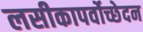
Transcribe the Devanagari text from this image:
लसीकापर्वोच्छेदन